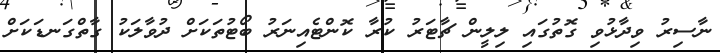
ނާސިރު ވިދާޅުވި ގޮތުގައި ލިލީން ޗާޓަރު ކުރާ ކޮންޓެއިނަރު ބޯޓުތަކަށް ދުވާލަކު ގާތްގަނޑަކަށް